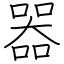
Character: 器